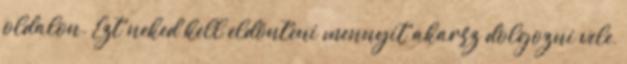
oldalon. Ezt neked kell eldönteni mennyit akarsz dolgozni vele,